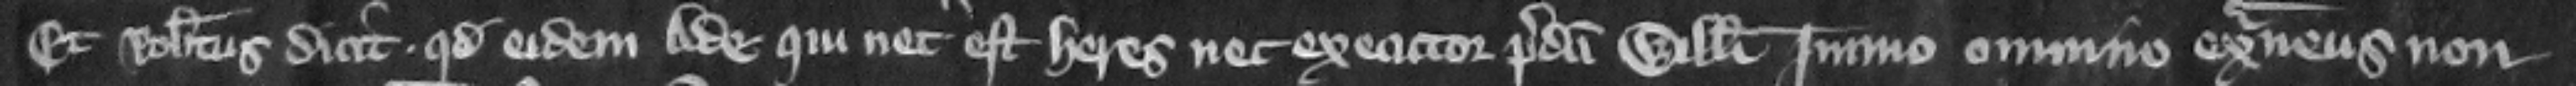
Et Robertus dicit quod eidem Ade qui nec est heres nec executor predicti Willelmi immo omnino extraneus non